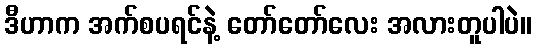
ဒီဟာက အက်စပရင်နဲ့ တော်တော်လေး အလားတူပါပဲ။